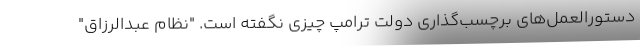
دستورالعمل‌های برچسب‌گذاری دولت ترامپ چیزی نگفته است. "نظام عبدالرزاق"